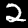
Label: 2